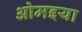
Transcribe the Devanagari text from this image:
ओमइया